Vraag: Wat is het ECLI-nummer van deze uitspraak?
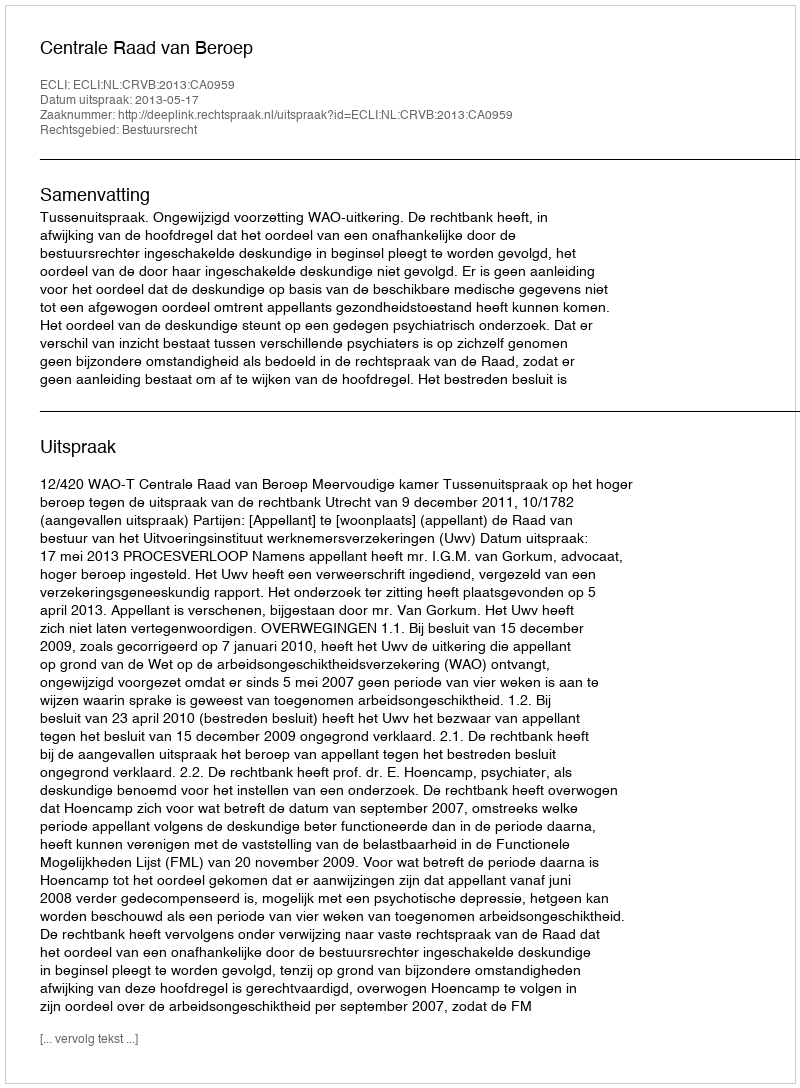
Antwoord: ECLI:NL:CRVB:2013:CA0959